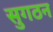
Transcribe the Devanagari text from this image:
सुगठन